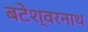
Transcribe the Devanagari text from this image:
बटेश्वरनाथ